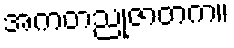
အကတညုဇာတက။